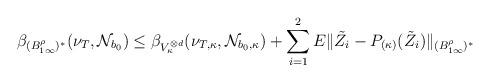
LaTeX: \begin{align*} \beta_{(B^\rho_{1\infty})^*}(\nu_T, \mathcal N_{b_0}) \le \beta_{V^{\otimes d}_\kappa} (\nu_{T,\kappa}, \mathcal N_{b_0,\kappa}) + \sum_{i=1}^2 E\|\tilde Z_i - P_{(\kappa)}(\tilde Z_i)\|_{(B^\rho_{1\infty})^*}\end{align*}